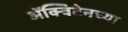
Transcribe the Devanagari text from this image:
ॲक्विटेनच्या